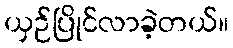
ယှဉ်ပြိုင်လာခဲ့တယ်။